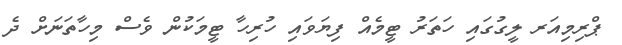
ޕްރިމިއަރ ލީގުގައި ހަތަރު ޓީމެއް ފިޔަވައި ހުރިހާ ޓީމަކުން ވެސް މިހާތަނަށް ދެ